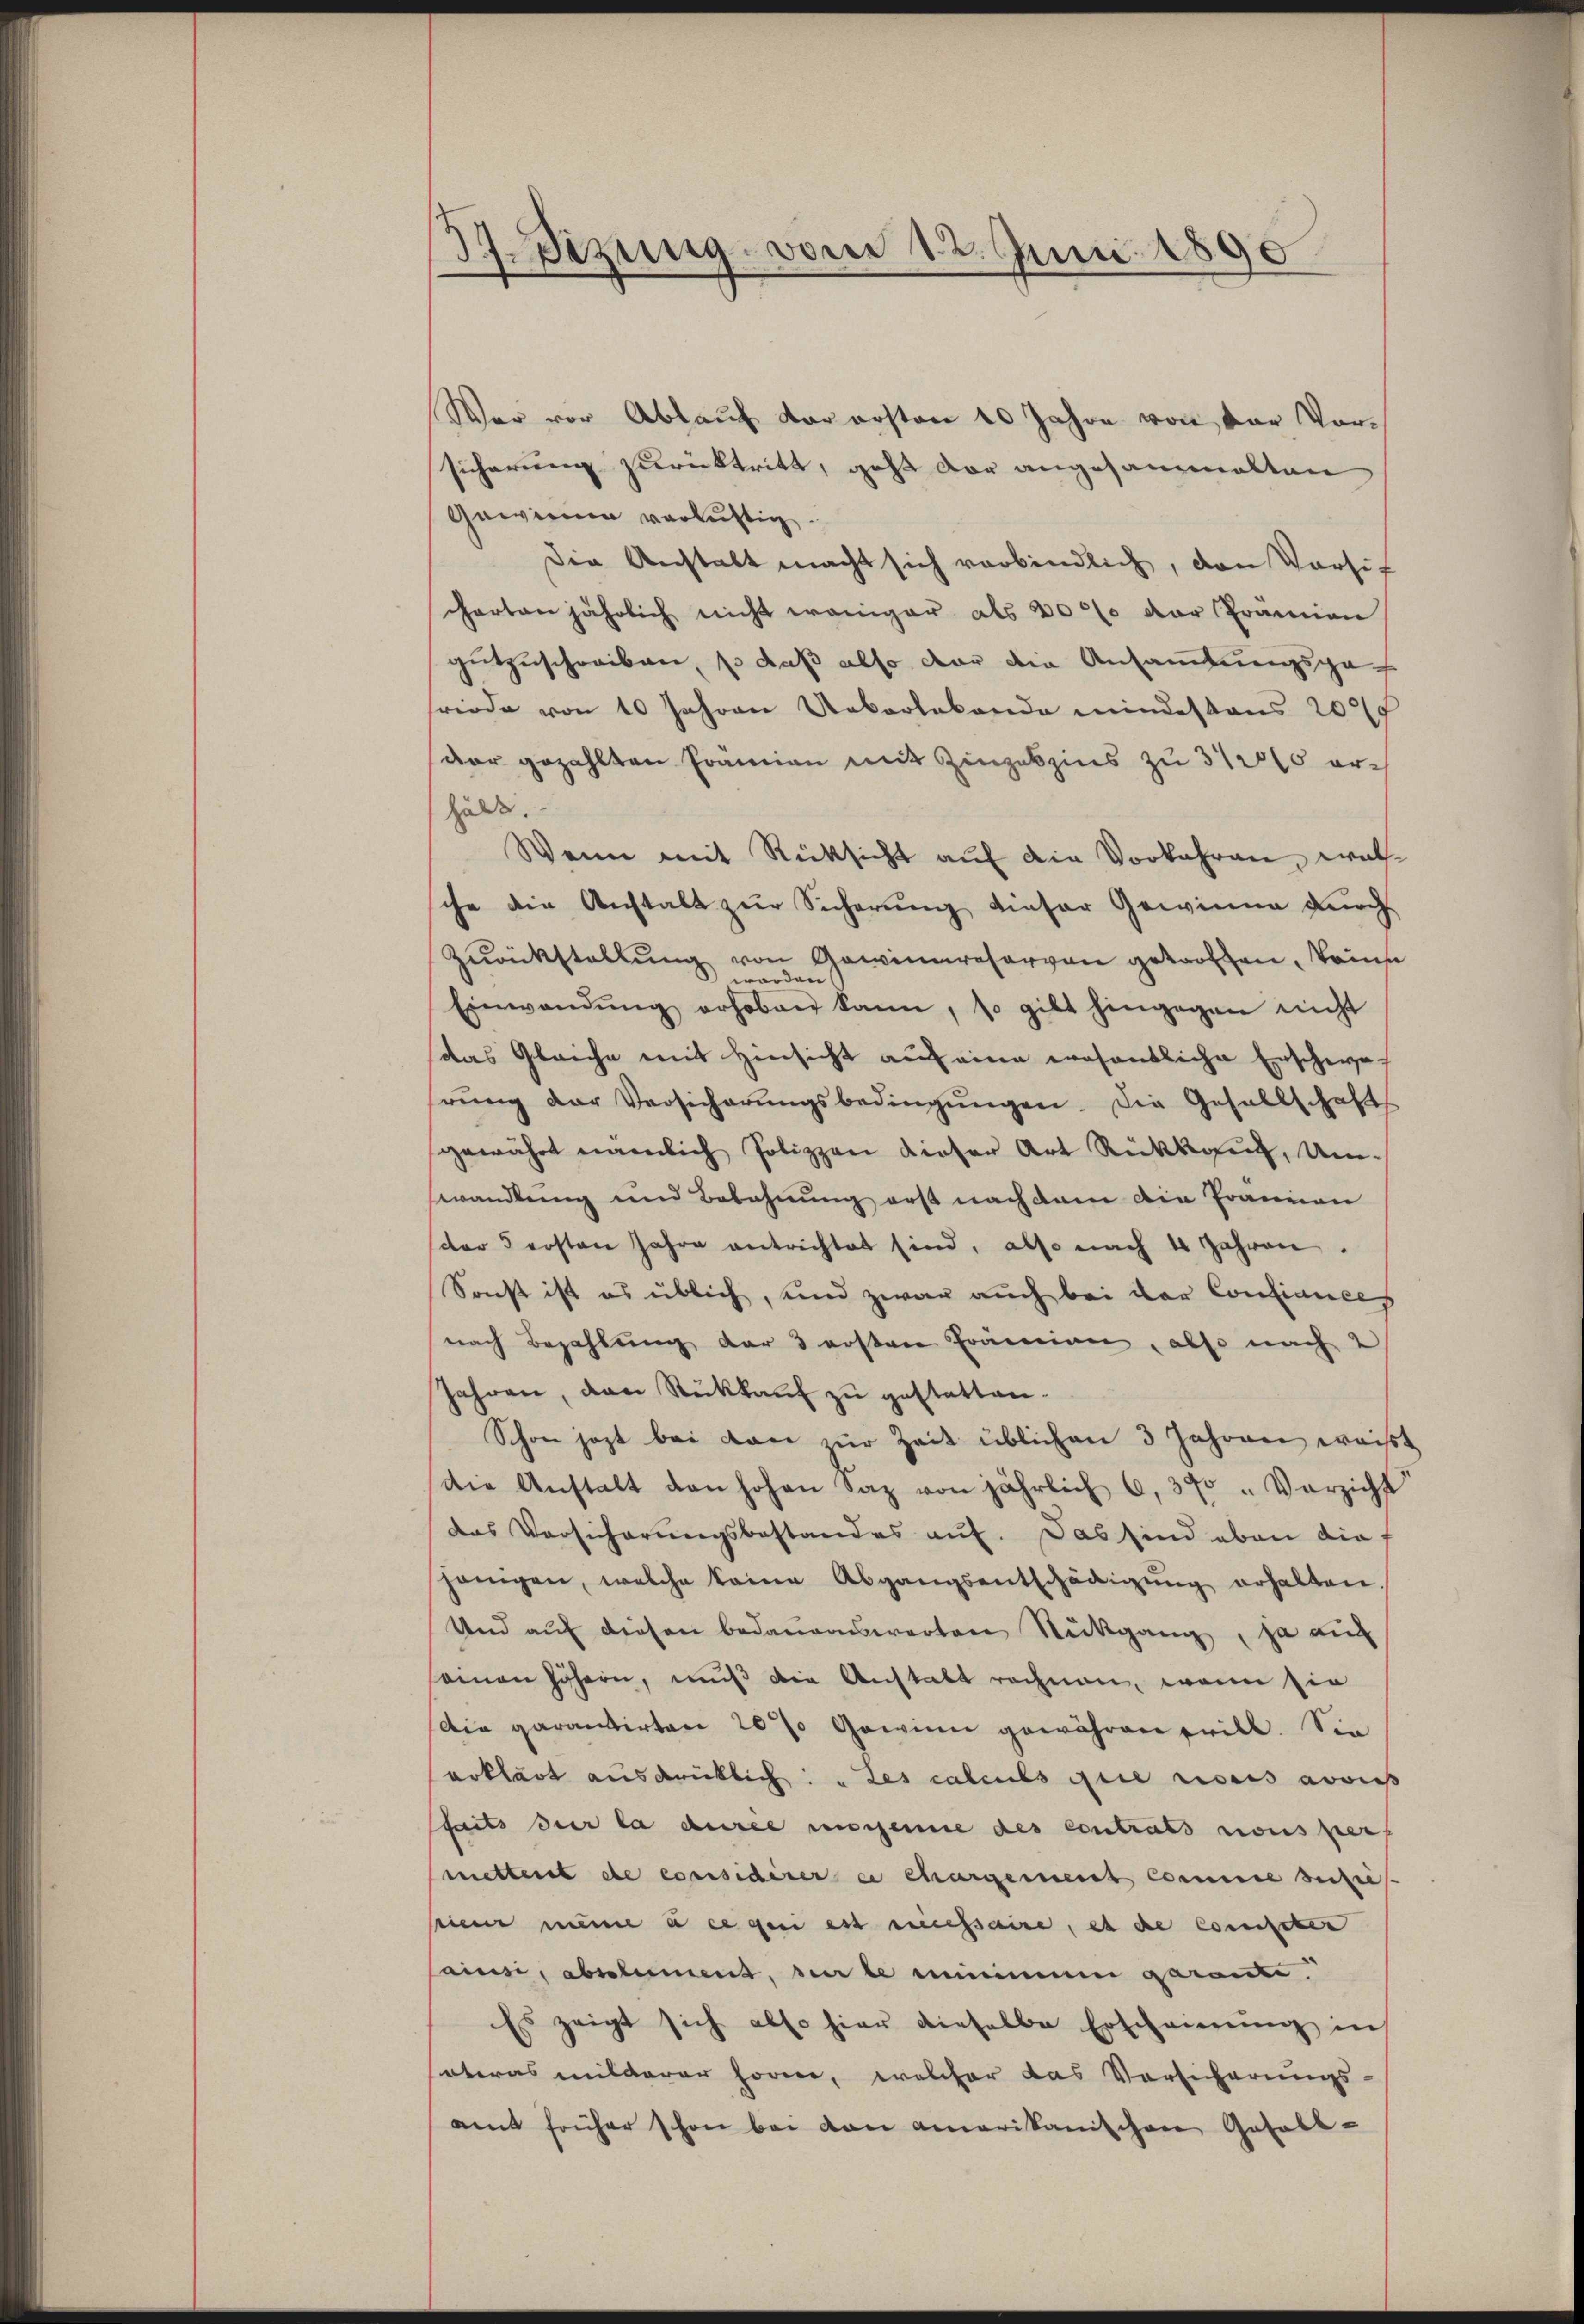
3Sizung vom 12. Juni 1890.

War vor Ablauf vorersten 10 Jahre von der Vorsicherung zurücktritt, geht der angesammelten
Gewinne verlustig.
Die Anstalt macht sich verbindlich, den Vorsit
charten jährlich nicht weniger als 200 der Prämien
gutzuschreiben, so daß also der die Ansammlungsgefriede von 10 Jahren Ueberlebende mindestens 2000
dar gezahlten Prämien mit Zinseszins zu 31200 erhält.
Wenn mit Rücksicht auf die Vorkehren, welche die Anstalt zur Sicherung dieser Gewinne durch
Zŭrückstellŭng von Gewinnreserven getroffen, könne
worden
Einwandŭng erhoben kann, so gilt hingegen nicht
das Gleiche mit Hinsicht auf eine wesentliche Erschwerŭng der Versicherŭngsbedingŭngen. Die Gesellschafts
gewährt nämlich Polizzen dieser Art Rückkauf, Um-
swandlung und Belehnung erst nach dem die Franzon
der 5 ersten Jahre entrichtet sind, also nach 4 Jahren.
Sonst ist es üblich, und zwar auch bei der Confiances
nach Bezahlung der 3 ersten Prämien, also nach 2
Jahren, dan Rückkauf zu gestatten.
Schon jezt bei dan zur Zeit üblichen 3 Jahren weißt
Die Anstalt den hohen Saz von jährlich 6, 390 " Verzicht
das Versicherungsbestandes auf. Das sind eben die
hänigen, welche keine Abgangsentschädigŭng erhalten
Und auf diesen bedauernswerten Rückgang, ja auf
seinen höhern, muß die Anstalt rechnen, wenn sie
Die garantirten 20% Gewinn gewähren prill. Sie
erklärt ausdrücklich: „Les calculs die ricus erwies
faits der la dere ungene des Contrats nous pers
mettent de considirer et chargement comme verheis
sieur meine à ce qui est missaire, es die Competer
ainsi, absolument, sur le minimmer garante
Es zeigt sich also hier dieselbe Erscheinŭng in
seteras milderer hören, welcher das Vorsicherungs-
amt früher schon bei von amerikanischen Gefall-